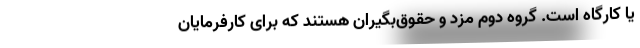
یا کارگاه است. گروه دوم مزد و حقوق‌بگیران هستند که برای کارفرمایان